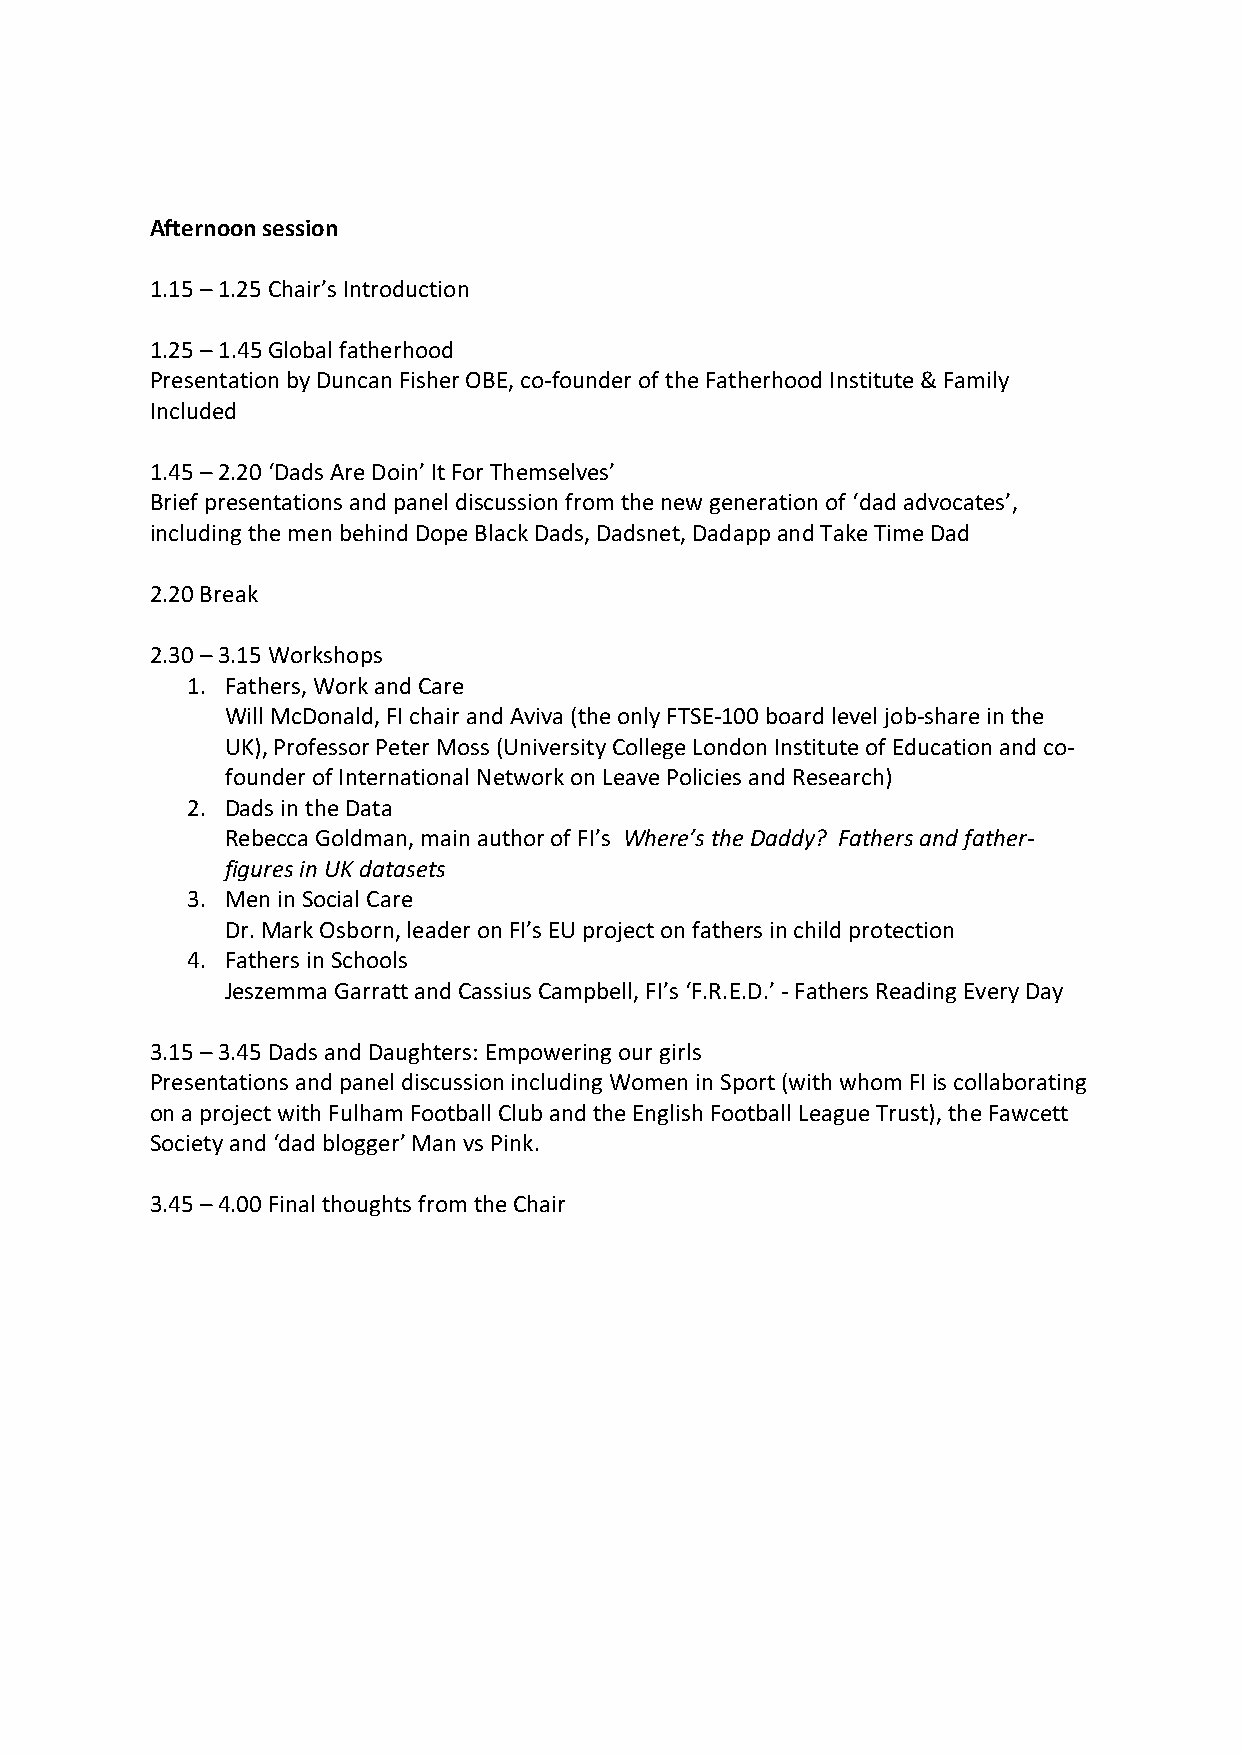
Afternoon session
 1.15 – 1.25 Chair’s Introduction
 1.25 – 1.45 Global fatherhood
 Presentation by Duncan Fisher OBE, co-founder of the Fatherhood Institute & Family
 Included
 1.45 – 2.20 ‘Dads Are Doin’ It For Themselves’
 Brief presentations and panel discussion from the new generation of ‘dad advocates’,
 including the men behind Dope Black Dads, Dadsnet, Dadapp and Take Time Dad
 2.20 Break
 2.30 – 3.15 Workshops
 1. Fathers, Work and Care
 Will McDonald, FI chair and Aviva (the only FTSE-100 board level job-share in the
 UK), Professor Peter Moss (University College London Institute of Education and co-
 founder of International Network on Leave Policies and Research)
 2. Dads in the Data
 Rebecca Goldman, main author of FI’s Where’s the Daddy? Fathers and father-
 figures in UK datasets
 3. Men in Social Care
 Dr. Mark Osborn, leader on FI’s EU project on fathers in child protection
 4. Fathers in Schools
 Jeszemma Garratt and Cassius Campbell, FI’s ‘F.R.E.D.’ - Fathers Reading Every Day
 3.15 – 3.45 Dads and Daughters: Empowering our girls
 Presentations and panel discussion including Women in Sport (with whom FI is collaborating
 on a project with Fulham Football Club and the English Football League Trust), the Fawcett
 Society and ‘dad blogger’ Man vs Pink.
 3.45 – 4.00 Final thoughts from the Chair